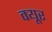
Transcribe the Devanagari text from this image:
क्यूर